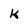
Character: k